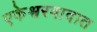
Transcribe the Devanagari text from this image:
एकेश्वरवादात